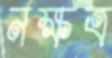
নক্ষত্র